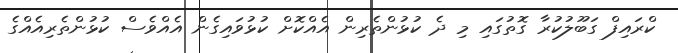
ކްރައިފް ގަބޫލުކުރާ ގޮތުގައި މި ދެ ކުޅުންތެރިން އެއްކޮށް ކުޅުވައިގެން އެއްވެސް ކުޅުންތެރިއެއްގެ